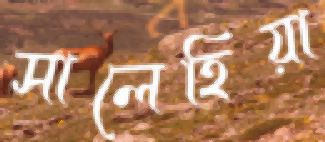
সালেহিয়া